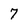
Character: 7